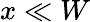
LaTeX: x\ll W